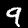
Digit: 9